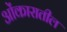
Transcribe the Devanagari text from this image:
ओंकारातील